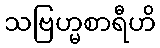
သဗြဟ္မစာရီဟိ